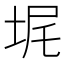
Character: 𪣓